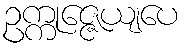
ဥက္ကုဇ္ဇေယျပေ